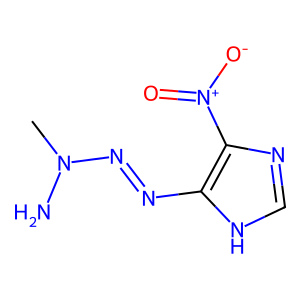
SMILES: CN(N)N=Nc1[nH]cnc1[N+](=O)[O-]
Inhibits HIV replication: No